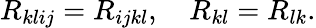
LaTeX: R_{klij}=R_{ijkl},\quad R_{kl}=R_{lk}.